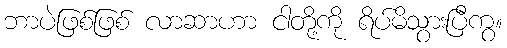
ဘာပဲဖြစ်ဖြစ် လာဆာဟာ ငါတို့ကို ရိပ်မိသွားပြီကွ။